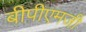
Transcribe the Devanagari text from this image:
बीपीएमजी